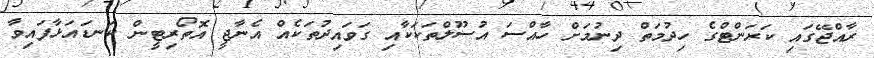
ރާއްޖޭގައި ކަރަންޓްގެ ހިދުމަތް ދިނުމަށް ހާއްސަ އުސޫލްތަކަކާއި ގަވައިދުތަކެއް އެނާޖީ އޮތޯރިޓީން ކަނޑައަޅާފައިވާ